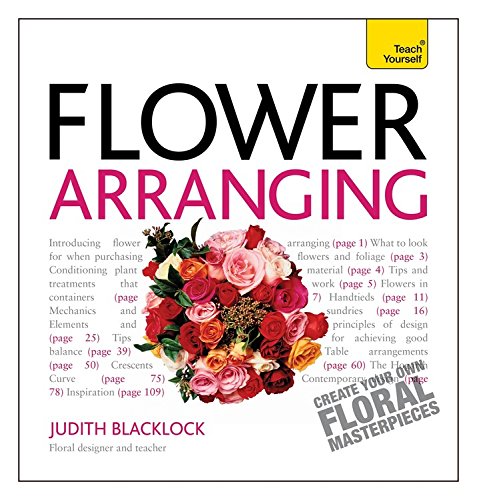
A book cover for Get Started with Flower Arranging (Teach Yourself); Judith Blacklock; Crafts, Hobbies & Home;